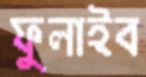
ফুলাইব